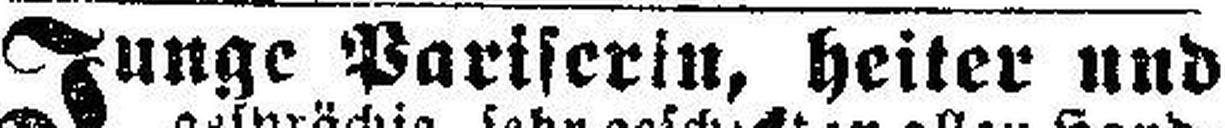
Junge Pariserin, heiter und